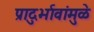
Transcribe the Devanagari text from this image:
प्रादुर्भावांमुळे